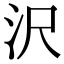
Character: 沢